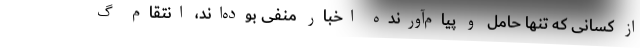
از کسانی که تنها حامل و پیام‌آورنده اخبار منفی بوده‌اند، انتقام گ